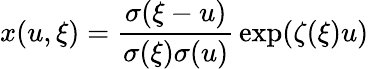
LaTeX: x(u,\xi)={\frac{\sigma(\xi-u)}{\sigma(\xi)\sigma(u)}}\exp({\zeta(\xi)u})